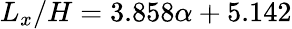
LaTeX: L_{x}/{H}=3.858\alpha+5.142